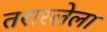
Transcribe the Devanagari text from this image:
तरारलेला